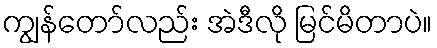
ကျွန်တော်လည်း အဲဒီလို မြင်မိတာပဲ။